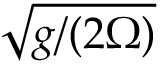
\sqrt { g / ( 2 \Omega ) }